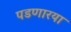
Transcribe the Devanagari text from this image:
पडणारया